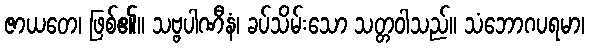
ဇာယတေ၊ ဖြစ်၏။ သဗ္ဗပါဏီနံ၊ ခပ်သိမ်းသော သတ္တဝါသည်။ သံဘောဂပရမာ၊